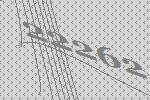
22262